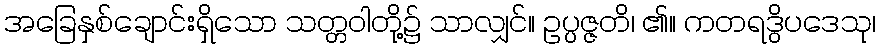
အခြေနှစ်ချောင်းရှိသော သတ္တဝါတို့၌ သာလျှင်။ ဥပ္ပဇ္ဇတိ၊ ၏။ ကတရဒွိပဒေသု၊